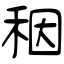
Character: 秵